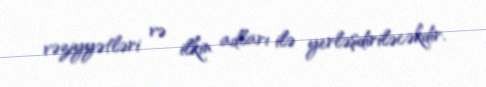
vəziyyətləri və ilkin adları ilə yerləşdiriləcəkdir.